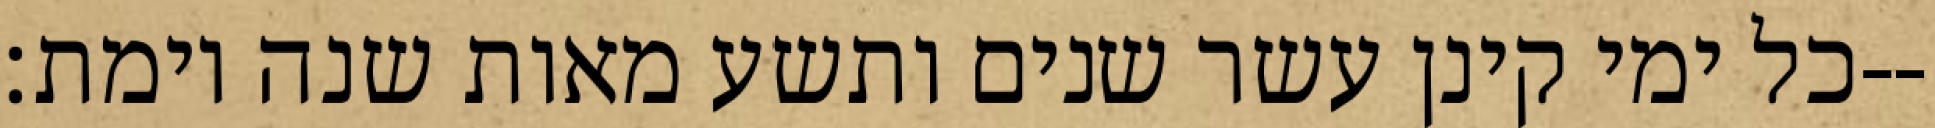
כל ימי קינן עשר שנים ותשע מאות שנה וימת׃--